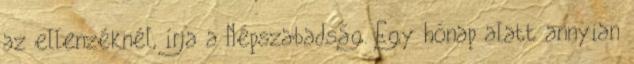
az ellenzéknél, írja a Népszabadság. Egy hónap alatt annyian